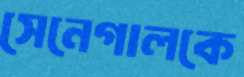
সেনেগালকে